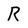
Character: R